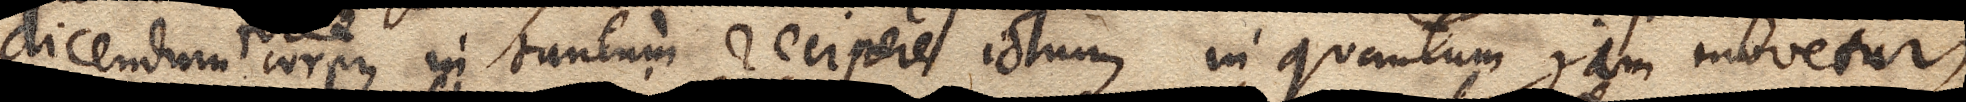
dicendum corpus in tantum recipere ictum, in quantum jam movetur,